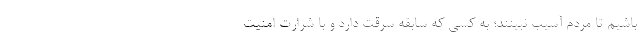
باشیم تا مردم آسیب نبینند؛ به کسی که سابقه سرقت دارد و با شرارت امنیت